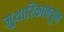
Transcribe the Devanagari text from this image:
मुथारिकाकडून